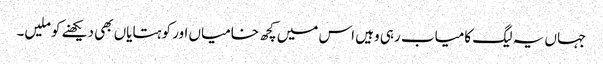
جہاں یہ لیگ کامیاب رہی وہیں اس میں کچھ خامیاں اور کوہتایاں بھی دیکھنے کو ملیں۔